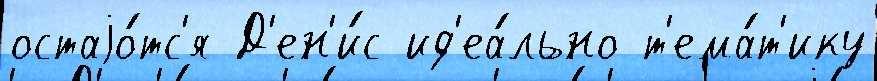
остаjо́тс'я Д'ен'и́с ид'еа́льно т'ема́т'ику